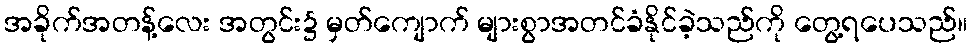
အခိုက်အတန့်လေး အတွင်း၌ မှတ်ကျောက် များစွာအတင်ခံနိုင်ခဲ့သည်ကို တွေ့ရပေသည်။